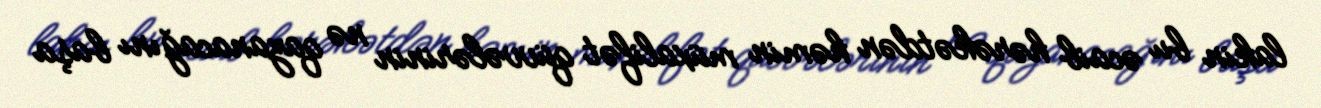
lakin bu əcaib hərəkətdən həmin müxalifət qüvvələrinin nə qazanacağını başa